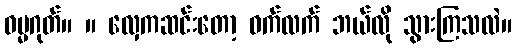
ဓမ္မဂုတ်။ ။ လှေကဆင်းတော့ ဝက်လက် ဘယ်လို သွားကြသလဲ။